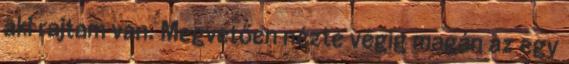
aki rajtam van. Megvetően nézte végig magán az egy